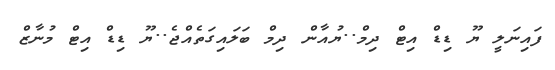
ފައިނަލީ ޔޫ ޑިޑްް އިޓް ދިމް..ޔުއާން ދިމް ބަލައިގަތެއްޖެ..ޔޫ ޑިޑްް އިޓް މުނާޒް